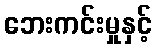
ဘေးကင်းမှုနှင့်